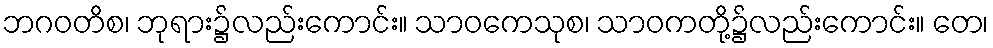
ဘဂဝတိစ၊ ဘုရား၌လည်းကောင်း။ သာဝကေသုစ၊ သာဝကတို့၌လည်းကောင်း။ တေ၊